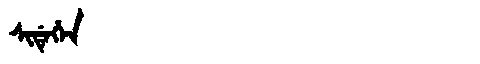
Manchu: ᠰᡳᡩᡝᡥᡝᠨ
Romanization: SIDEHEN